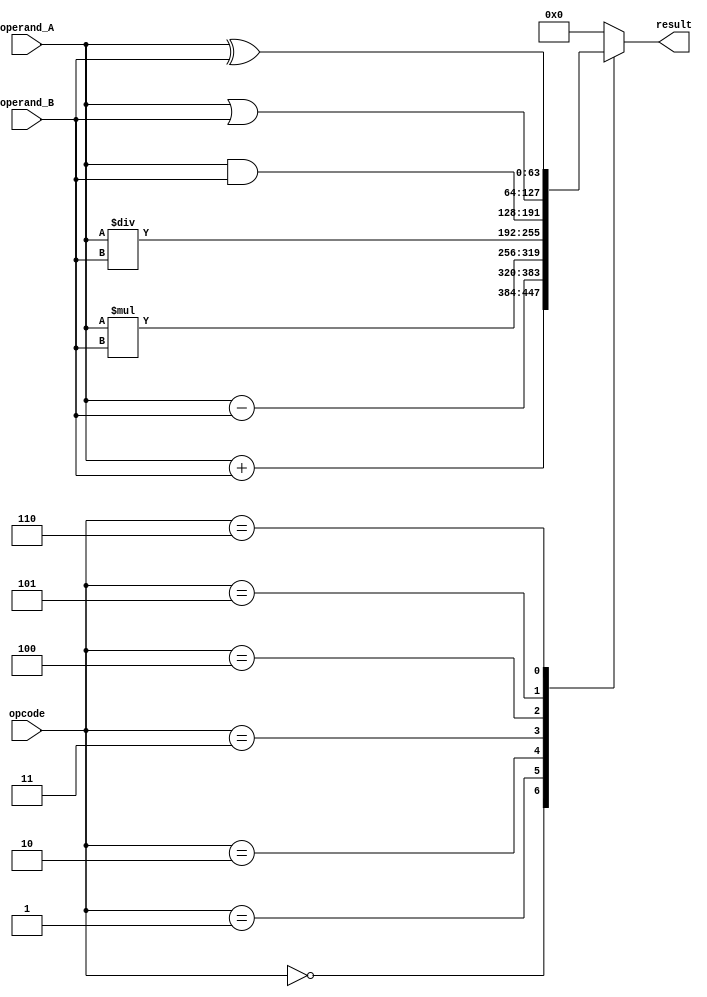
module ALU_64bit (
  input [63:0] operand_A,
  input [63:0] operand_B,
  input [3:0] opcode, // Control signals for selecting operation
  output reg[63:0] result
);

always @ (operand_A or operand_B or opcode)
begin
  case (opcode)
    4'b0000: result = operand_A + operand_B; // Addition
    4'b0001: result = operand_A - operand_B; // Subtraction
    4'b0010: result = operand_A * operand_B; // Multiplication
    4'b0011: result = operand_A / operand_B; // Division
    4'b0100: result = operand_A & operand_B; // Bitwise AND
    4'b0101: result = operand_A | operand_B; // Bitwise OR
    4'b0110: result = operand_A ^ operand_B; // Bitwise XOR
    // Add logic for shift operations
    default: result = 64'b0; // Default case
  endcase
end

endmodule